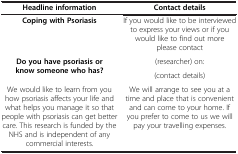
<table><thead><tr><td><b>Headline information</b></td><td><b>Contact details</b></td></tr></thead><tbody><tr><td><b>Coping with Psoriasis</b></td><td>If you would like to be interviewed to express your views or if you would like to find out more please contact.</td></tr><tr><td rowspan="2"><b>Do you have psoriasis or know someone who has?</b></td><td>(researcher) on:</td></tr><tr><td>(contact details)</td></tr><tr><td>We would like to learn from you how psoriasis affects your life and what helps you manage it so that people with psoriasis can get better care. This research is funded by the NHS and is independent of any commercial interests.</td><td>We will arrange to see you at a time and place that is convenient and can come to your home. If you prefer to come to us we will pay your travelling expenses.</td></tr></tbody></table>